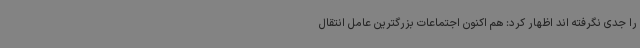
را جدی نگرفته اند اظهار کرد: هم اکنون اجتماعات بزرگترین عامل انتقال